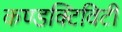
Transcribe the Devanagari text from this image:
कण्डक्टिविटी